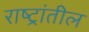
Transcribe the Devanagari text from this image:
राष्ट्रांतील